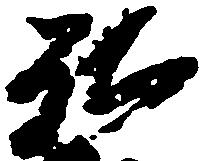
弘